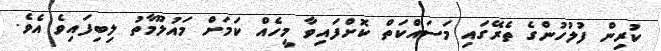
ކުރިން ފުލުހުންގެ ތެރޭގައި މަސައްކަތް ކޮށްފައިވާ މީހެއް ކަމަށް މައުލޫމާތު ލިބިފައިވެ އެވެ.